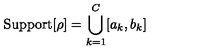
\mathrm { S u p p o r t } [ \rho ] = \bigcup _ { k = 1 } ^ { C } [ a _ { k } , b _ { k } ]